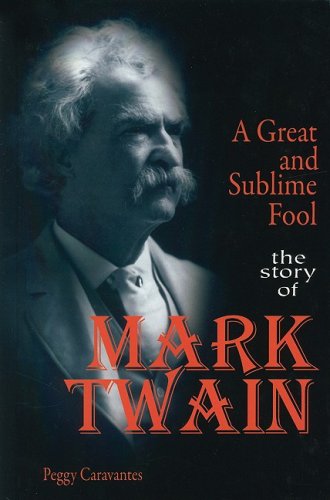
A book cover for A Great and Sublime Fool: The Story of Mark Twain (World Writers); Peggy Caravantes; Teen & Young Adult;